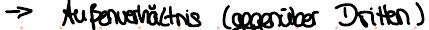
-> Außenverhältnis (gegenüber Dritten)